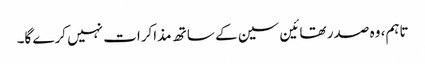
تاہم، وہ صدر تھائین سین کے ساتھ مذاکرات نہیں کرے گا۔